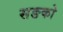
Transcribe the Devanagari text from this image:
सङको